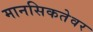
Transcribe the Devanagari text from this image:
मानसिकतेवर